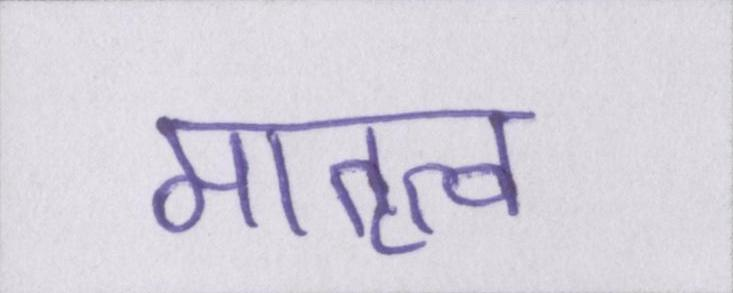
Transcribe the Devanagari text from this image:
मातृत्व